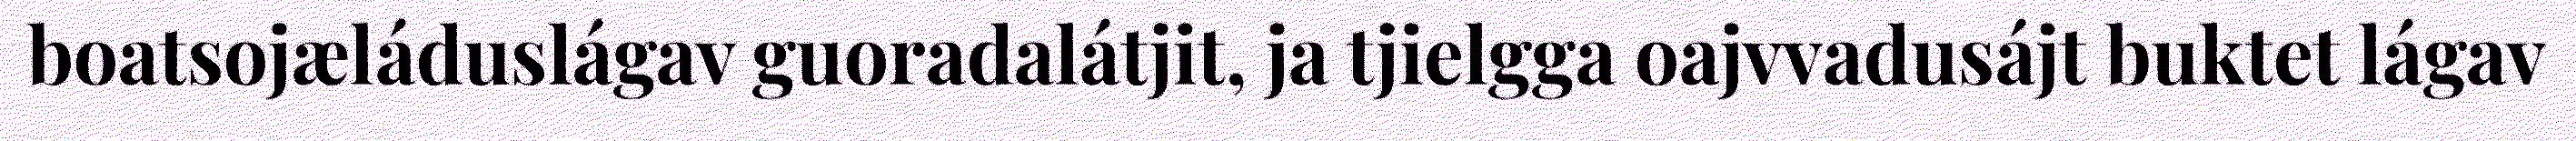
boatsojæláduslágav guoradalátjit, ja tjielgga oajvvadusájt buktet lágav